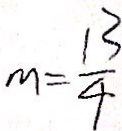
m = \frac { 1 3 } { 4 }